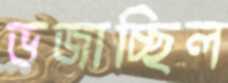
ভজাচ্ছিল